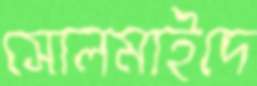
সোলমাইদে